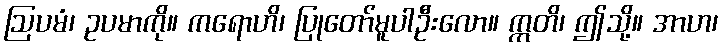
ဩပမံ၊ ဥပမာကို။ ကရောဟိ၊ ပြုတော်မူပါဦးလော။ ဣတိ၊ ဤသို့။ အာဟ၊